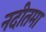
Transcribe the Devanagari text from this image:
नदीतमा